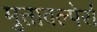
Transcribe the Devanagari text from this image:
मुत्तावल्पेर्रा